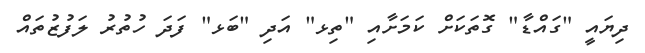
ދިޔައީ "ގައްޑާ" ގޮތަކަށް ކަމަށާއި "ތިޅ" އަދި "ބަޅ" ފަދަ ހުތުރު ލަފުޒުތައް